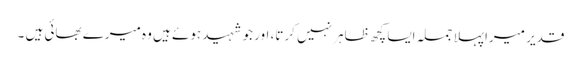
قدیر میرا پہلا جملہ ایسا کچھ ظاہر نہیں کرتا، اور جو شہید ہوئے ہیں وہ میرے بھائی ہیں ۔